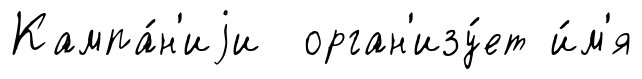
Кампа́н'иjи орган'изу́ет и́м'я